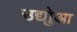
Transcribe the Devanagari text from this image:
उद्योुआ